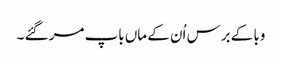
وبا کے برس اُن کے ماں باپ مر گئے ۔